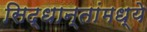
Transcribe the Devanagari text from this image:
सिद्धान्तांमध्ये